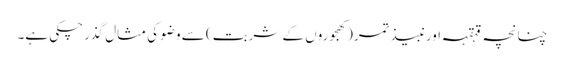
چنانچہ قہقہہ اورنبیذ تمر(کھجوروں کے شربت) سے وضو کی مثال گذرچکی ہے۔